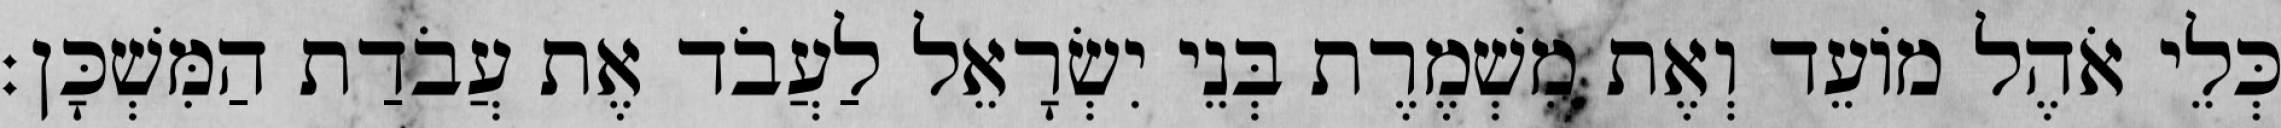
כְּלֵי אֹהֶל מוֹעֵד וְאֶת מִשְׁמֶרֶת בְּנֵי יִשְׂרָאֵל לַעֲבֹד אֶת עֲבֹדַת הַמִּשְׁכָּן׃